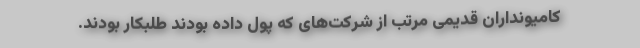
کامیونداران قدیمی مرتب از شرکت‌های که پول داده بودند طلبکار بودند.